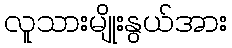
လူသားမျိုးနွယ်အား